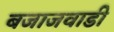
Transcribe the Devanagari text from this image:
बजाजवाडी